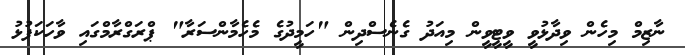
ނާޒިމް މިހެން ވިދާޅުވީ ވީޓީވީން މިއަދު ގެނެސްދިން "ހަމީދުގެ މެހެމާންސަރާ" ޕްރަގްރާމްގައި ވާހަކަފުޅު